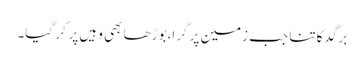
برگد کا تنا جب زمین پر گرا،بوڑھا بھی وہیں پر گر گیا۔